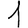
Digit: 1